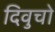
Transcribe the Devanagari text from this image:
दिवुचो